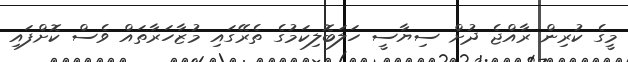
މީގެ ކުރިން ރާއްޖެ ދުށް ސިޔާސީ ހަލަބޮލިކަމުގެ ތެރޭގައި މުޒާހަރާތައް ވެސް ކޮށްފައި